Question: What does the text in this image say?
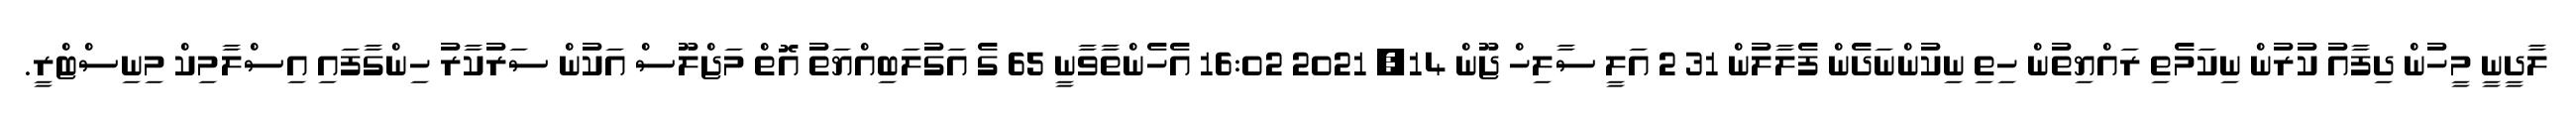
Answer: ލާދީނީ މީހުން ދިފާއު ކުރުން ނިކަމެތި ރައްޔިތުން ހިތި ނިކުންނަދެން ފެލާލުން 31 2 އަލީ ސާލިހް ޖޫން 14, 2021 16:02 އެހެންތާވާނީ 65 ގެ އަގުލަބިއްޔަތު އޮތް މަޖްލޫސް އަކުން ސަރުކާރު ހިންގާފައި އިސްލާމިކް މިނިސްޓްރީ.